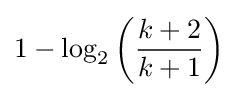
1-\log _{2}\left({\frac {k+2}{k+1}}\right)